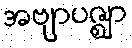
အဗျာပဇ္ဈာ